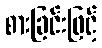
စားခြင်းဖြင့်